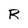
Character: R